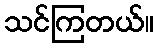
သင်ကြတယ်။